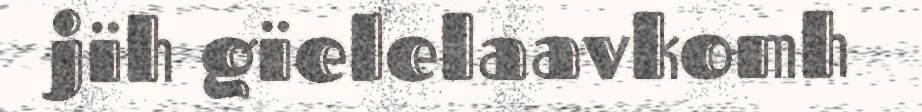
jïh gïelelaavkomh